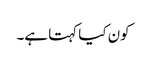
کون کیا کہتا ہے۔